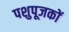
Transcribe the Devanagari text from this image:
पशुपूजकों